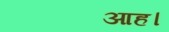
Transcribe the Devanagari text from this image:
आह।